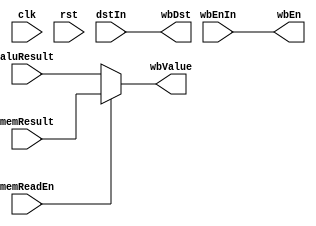
module WB_Stage(
    input clk, rst,
    input [3:0] dstIn,
    input [31:0] memResult, aluResult,
    input memReadEn, wbEnIn,
    output [3:0] wbDst, 
    output [31:0] wbValue,
    output wbEn
);
    assign wbDst = dstIn;
    assign wbEn = wbEnIn;
    assign wbValue = memReadEn ? memResult : aluResult;
endmodule